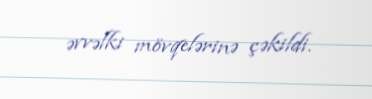
əvvəlki mövqelərinə çəkildi.